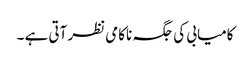
کامیابی کی جگہ ناکامی نظر آتی ہے ۔